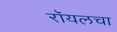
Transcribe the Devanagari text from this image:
रॉयलचा